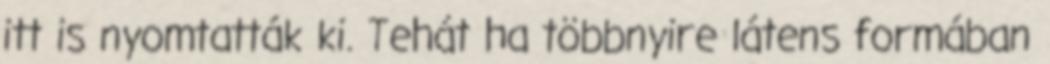
itt is nyomtatták ki. Tehát ha többnyire látens formában